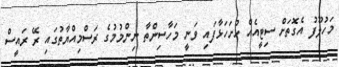
މަހުލޫފު އެގޮތަށް ސިޓީއެއް ހުށަހަޅާފައި ވަނީ މަހާސިންތާ ނިންމުމުގެ ރަސްމިއްޔާތުގައި ރޭ ރައީސް